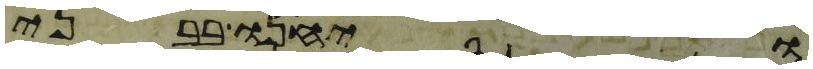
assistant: ויחנו בבני